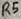
Text: R5